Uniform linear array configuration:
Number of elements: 64
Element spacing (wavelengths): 1
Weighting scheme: kaiser
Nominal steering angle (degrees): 30
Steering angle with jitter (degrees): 31.62
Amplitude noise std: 0.05
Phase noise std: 0.05

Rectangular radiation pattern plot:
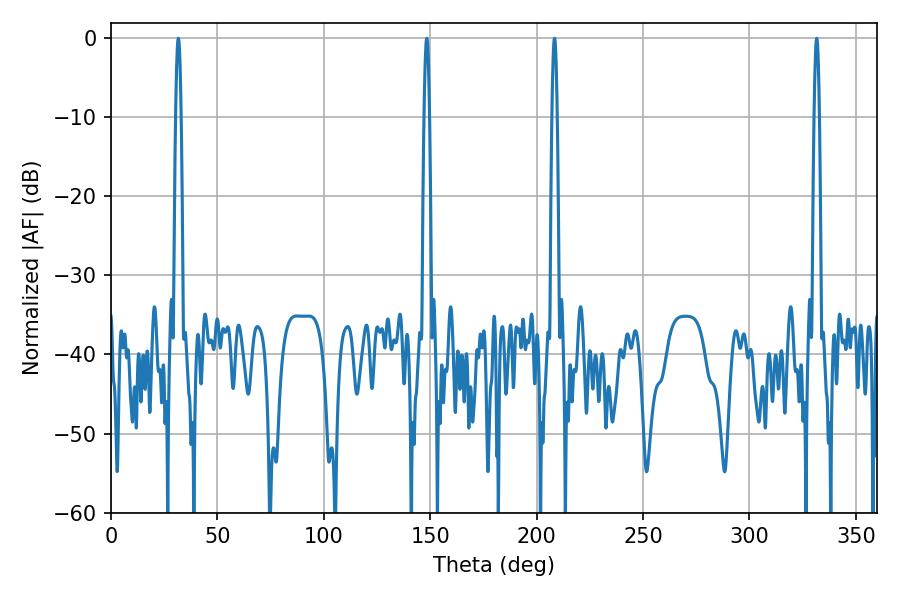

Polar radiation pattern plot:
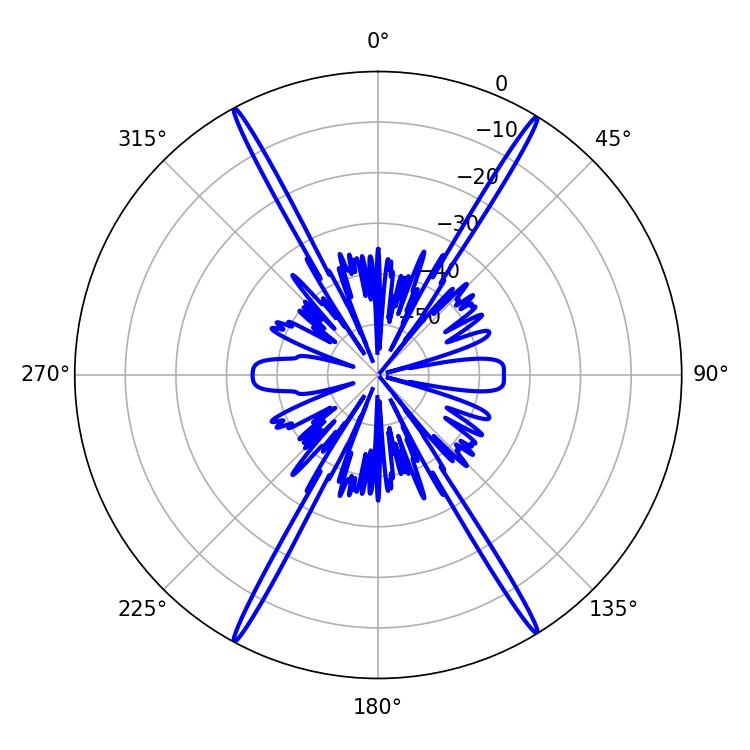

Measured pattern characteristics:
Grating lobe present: TRUE
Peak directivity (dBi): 27.462
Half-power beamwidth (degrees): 1.26
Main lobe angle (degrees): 331.56